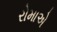
રોમાએ